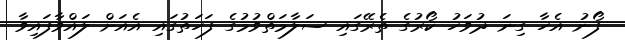
ފޯނު އެހާ ގިނަ ދުވަހު ކޯރުގެ ތެރޭގައި ސަލާމަތްވުމުގެ ފަހަތުގައި އެއަށް ލައްވާފައިވާ